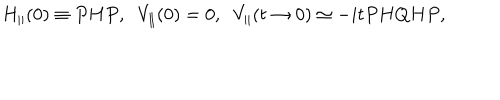
H _ { \parallel } ( 0 ) \equiv P H P , \; \; V _ { \parallel } ( 0 ) = 0 , \; \; V _ { \parallel } ( t \rightarrow 0 ) \simeq - i t P H Q H P ,